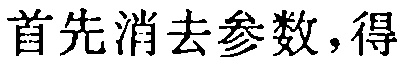
首先消去参数，得